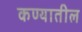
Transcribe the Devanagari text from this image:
कण्यातील